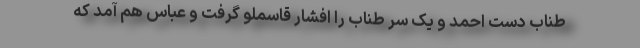
طناب دست احمد و یک سر طناب را افشار قاسملو گرفت و عباس هم آمد که